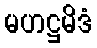
မဟဋ္ဌမိဒံ